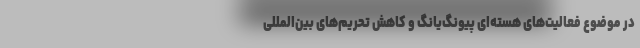
در موضوع فعالیت‌های هسته‌ای پیونگ‌یانگ و کاهش تحریم‌های بین‌المللی